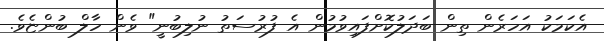
އެކަމަކު އަހަރެން ތިން ބަދަލުކޮށްފައިވުމުން އެ ފުރުސަތު ނުލިބުނީ" ވެން ހާލް ބުންޏެވެ.